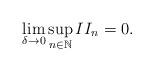
LaTeX: \begin{align*}\lim_{\delta\rightarrow 0}\sup_{n\in\mathbb{N}} II_n = 0 .\end{align*}